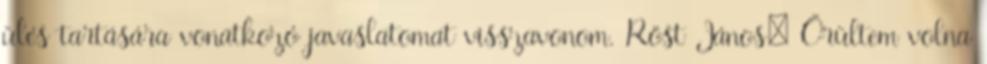
ülés tartására vonatkozó javaslatomat visszavonom. Röst János: Örültem volna